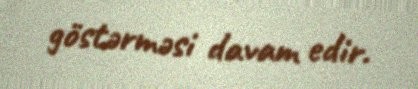
göstərməsi davam edir.